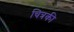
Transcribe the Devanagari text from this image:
चित्रकी